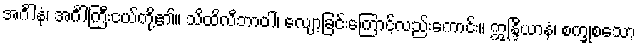
အင်္ဂါနံ၊ အင်္ဂါကြီးငယ်တို့၏။ သိထိလီဘာဝါ၊ လျော့ခြင်းကြောင့်လည်းကောင်း။ ဣန္ဒြိယာနံ၊ စက္ခုစသော